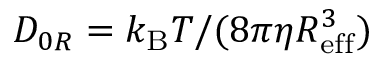
D _ { 0 R } = k _ { \mathrm { B } } T / ( 8 \pi \eta R _ { \mathrm { e f f } } ^ { 3 } )